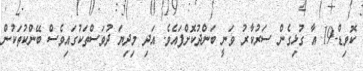
ކޮވިޑް-19 އާ ގުޅިގެން ސަރުކާރު ވަނީ ބަންދުކޮށްފައެވެ. އަދި މިދިޔަ ދުވަސްތަކުގައިވެސް ބޭންކުތަކުން